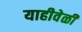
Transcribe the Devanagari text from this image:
याहीवेळी